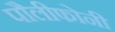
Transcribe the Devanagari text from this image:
पौलीफोनी